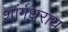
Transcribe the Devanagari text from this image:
शांर्गधराय